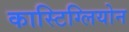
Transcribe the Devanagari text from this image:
कास्टिग्लियोन